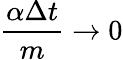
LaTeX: \frac{\alpha\Delta{t}}{m}\rightarrow 0